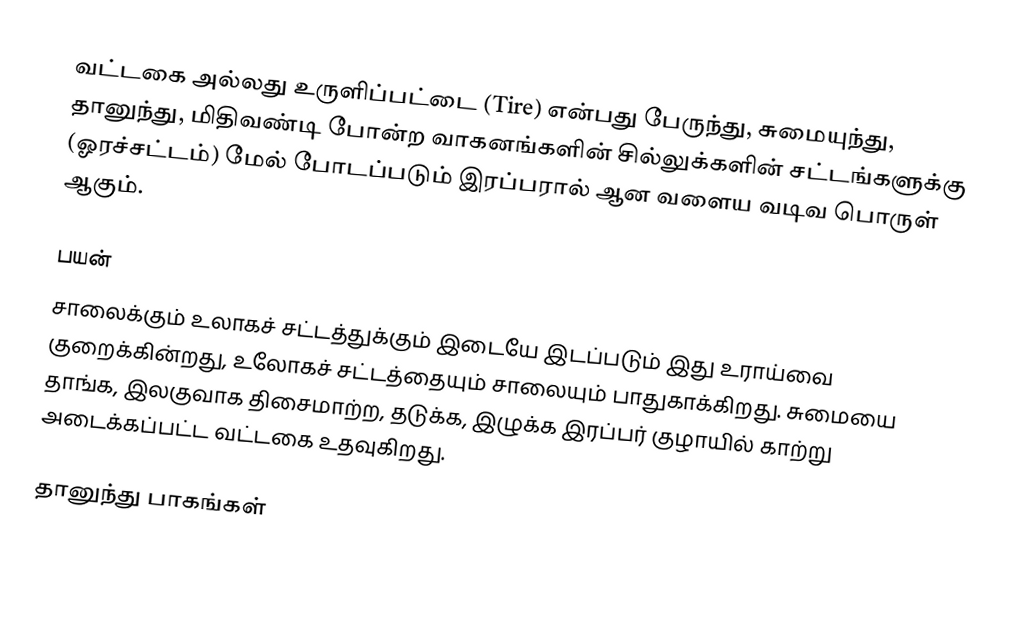
வட்டகை அல்லது உருளிப்பட்டை (Tire) என்பது பேருந்து, சுமையுந்து, தானுந்து, மிதிவண்டி போன்ற வாகனங்களின் சில்லுக்களின் சட்டங்களுக்கு (ஓரச்சட்டம்) மேல் போடப்படும் இரப்பரால் ஆன வளைய வடிவ பொருள் ஆகும்.

பயன்
சாலைக்கும் உலாகச் சட்டத்துக்கும் இடையே இடப்படும் இது உராய்வை குறைக்கின்றது, உலோகச் சட்டத்தையும் சாலையும் பாதுகாக்கிறது. சுமையை தாங்க, இலகுவாக திசைமாற்ற, தடுக்க, இழுக்க இரப்பர் குழாயில் காற்று அடைக்கப்பட்ட வட்டகை உதவுகிறது.

தானுந்து பாகங்கள்